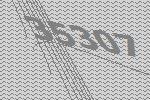
35307